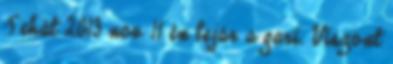
Tehát 2013 nov 11 én lejár a gari. Viszont